Annual report on the Civil Veterinary Department, Burma (including the Insein Veterinary School) - 1923-1931
Year: 1923
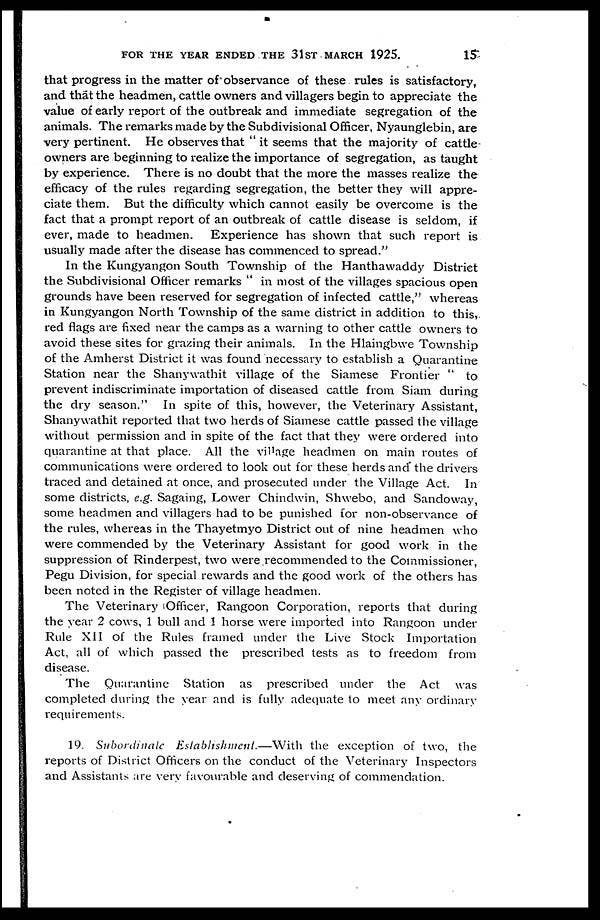
FOR THE YEAR ENDED THE 31ST MARCH 1925.
15
that progress in the matter of observance of these rules is satisfactory,
and that the headmen, cattle owners and villagers begin to appreciate the
value of early report of the outbreak and immediate segregation of the
animals. The remarks made by the Subdivisianal Officer, Nyaunglebin, are
very pertinent. He observes that "it seems that the majority of cattle
owners are beginning to realize the importance of segregation, as taught
by experience. There is no doubt that the more the masses realize the
efficacy of the rules regarding segregation, the better they will appre-
ciate them. But the difficulty which cannot easily be overcome is the
fact that a prompt report of an outbreak of cattle disease is seldom, if
ever, made to headmen. Experience has shown that such report is
usually made after the disease has commenced to spread."
In the Kungyangon South Township of the Hanthawaddy District
the Subdivisional Officer remarks " in most of the villages spacious open
grounds have been reserved for segregation of infected cattle," whereas
in Kungyangon North Township of the same district in addition to this,
red flags are fixed near the camps as a warning to other cattle owners to
avoid these sites for grazing their animals. In the Hlaingbwe Township
of the Amherst District it was found necessary to establish a Quarantine
Station near the Shanywathit village of the Siamese Frontier
to
prevent indiscriminate importation of diseased cattle from Siam during
the dry season." In spite of this, however, the Veterinary Assistant,
Shanywathit reported that two herds of Siamese cattle passed the village
without permission and in spite of the fact that they were ordered into
quarantine at that place. All the village headmen on main routes of
communications were ordered to look out for these herds and the drivers
traced and detained at once, and prosecuted under the Village Act. In
some districts, e.g. Sagaing, Lower Chindwin, Shwebo, and Sandoway,
some headmen and villagers had to be punished for non-observance of
the rules, whereas in the Thayetmyo District out of nine headmen who
were commended by the Veterinary Assistant for good work in the
suppression of Rinderpest, two were recommended to the Commissioner,
Pegu Division, for special rewards and the good work of the others has
been noted in the Register of village headmen.
The Veterinary Officer, Rangoon Corporation, reports that during
the year 2 cows, 1 bull and 1 horse were imported into Rangoon under
Rule XII of the Rules framed under the Live Stock Importation
Act, all of which passed the prescribed tests as to freedom from
disease.
The Quarantine Station as prescribed under the Act was
completed during the year and is fully adequate to meet any ordinary
requirements.
19. Subordinate Establishment.—With the exception of two, the
reports of District Officers on the conduct of the Veterinary Inspectors
and Assistants are very favourable and deserving of commendation.